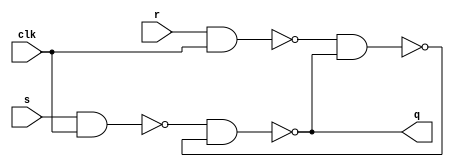
`timescale 1ns/1ns
module SRLatch(input s, r , clk , output q);
  wire [1:0]w;
  wire qq;
  nand #(7) N1(w[0] , s , clk);
  nand #(7) N2(w[1] , r, clk);
  nand #(7) N3(q , w[0] , qq);
  nand #(7) N4(qq , w[1] , q); 
endmodule